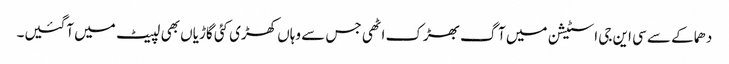
دھماکے سے سی این جی اسٹیشن میں آگ بھڑک اٹھی جس سے وہاں کھڑی کئی گاڑیاں بھی لپیٹ میں آگئیں۔